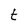
Character: t